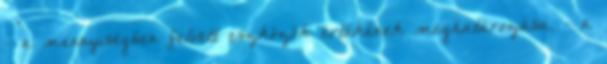
- a mennyiségben felvett eszközök értékének meghatározása, - a